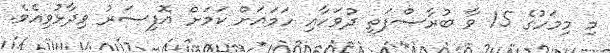
މި މިމަހުގެ 15 ވާ ބުރާސްފަތި ދުވަހާއި ހަމައަށް ކަމަށް އޮފިސަރު ވިދާޅުވިއެވެ.